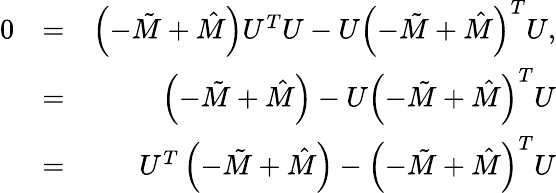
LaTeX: \begin{array}{rlr}{0}&{=}&{\left(-\tilde{M}+\hat{M}\right)U^{T}U-U\left(-\tilde{M}+\hat{M}\right)^{T}U,}\\ &{=}&{\left(-\tilde{M}+\hat{M}\right)-U\left(-\tilde{M}+\hat{M}\right)^{T}U}\\ &{=}&{U^{T}\left(-\tilde{M}+\hat{M}\right)-\left(-\tilde{M}+\hat{M}\right)^{T}U}\end{array}